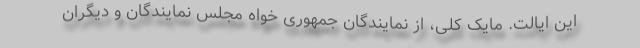
این ایالت. مایک کلی، از نمایندگان جمهوری خواه مجلس نمایندگان و دیگران